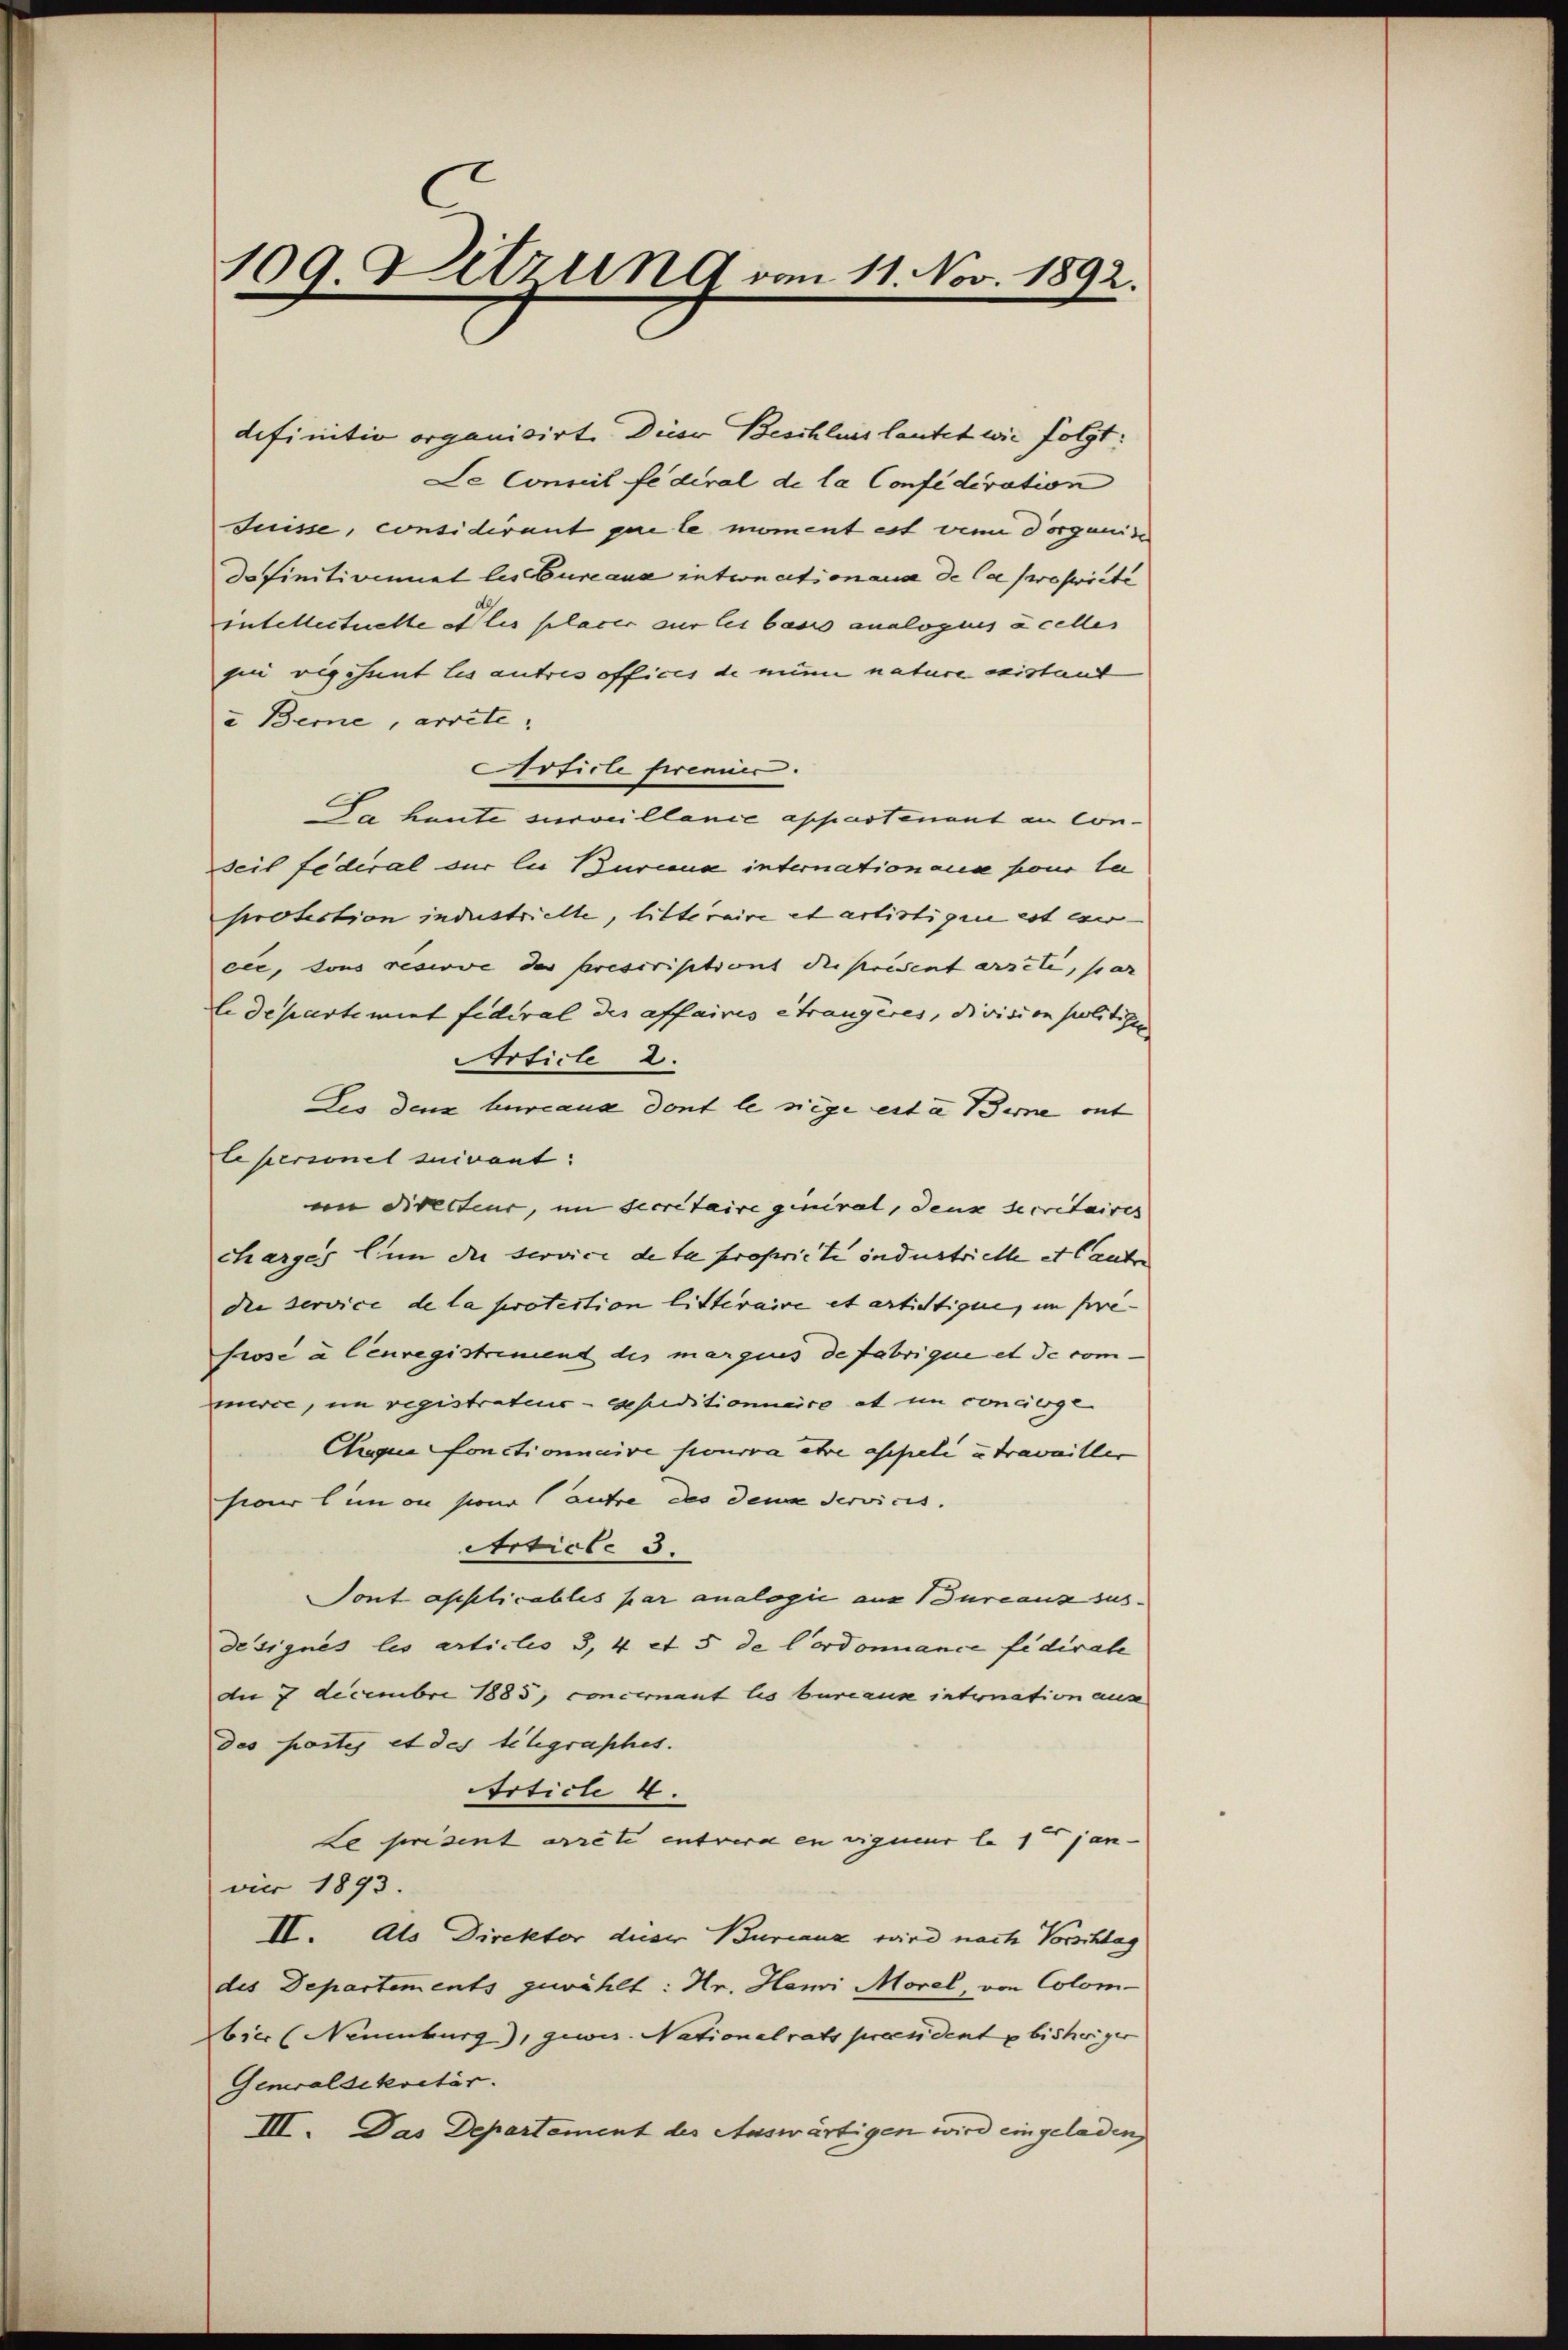
definitiv organisirt. Dieser Beschluss lautet wie folgt:
Se Commil fédéral de la Confidivation
Suisse, considirant pare le moment est wenn dorganis
do finitionnet les Eureaux entionation aus de la propriete
entellectuelle alles placer sur les basis analogues à celles
qui vigehent les autres offices de mine nature existand
a Berne, arrete.
rficte ferenier. |
Da haute surveillance appartenant an Conseit federal sur lie Bureaux internation ause pour la
protection industrielle, litteraire et artistigen ist wer-
eer, sons reserve der prescristient die prident ersele, par
ledepartimirt fideral des affaires étrangères, division politigen
Article 2.
Les den hureaux dont le siege erta Birne mit
le personel suivant:
im Directeur, im Secretaire giniral, denn secretaires
charges in die service de la propriete industrielle et lauten
die service de la protection litteraire et artichtigte, im pre-
srose à Cenregistrement des marques de fabrique et de commerce, im registrateur - gepiditionierco et in concierge
Auqua fonctionnaive pourra etwa appeli u. travailler
sieur im on sono autre des dena Servicis.
Article 3.
Sont asslicables par analogie aus Bureaus sus
designés les articles 3, 4 et 5 de Cordonnance fidirate
An 7 Decembre 1885, concernant les bureaux internation aus
des portes et des telegraphes.
Article 4.
Le prisent arrete entrera en vigueur le 1ten jen
vier 1893.
II. Als Direktor deser Bureaux wird nach Vorschlag
des Departements gewählt: Hr. Hami Morel, von Colom-
bier (Neuenburg), gewer. Nationalrats preendent p bisheriger
Generalsekretär.
III. Das Departement des Auswärtigen wird eingeladen

109 Letzung vom 11. Nov. 1892.